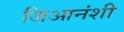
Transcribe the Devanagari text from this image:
जिआनंशी